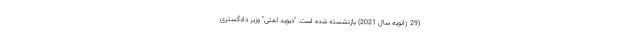
(29 ژانویه سال 2021) بازنشسته شده است. "دیوید لمتی" وزیر دادگستری